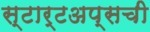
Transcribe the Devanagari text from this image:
स्टार्टअप्सची